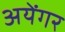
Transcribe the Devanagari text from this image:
अयेंगर